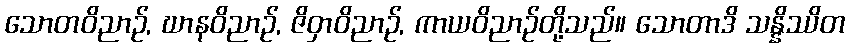
သောတဝိညာဉ်, ဃာနဝိညာဉ်, ဇိဝှာဝိညာဉ်, ကာယဝိညာဉ်တို့သည်။ သောတာဒိ သန္နိဿိတ